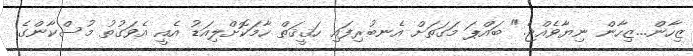
ޒިހާން...ޒިހާން ނިޔާވެއްޖެ." ބައްޕަ މަގަތަށް އެނބުރިފައި ހަޤީޤަތް ހާމަކޮށްލިއަޑު އެއީ އެވަގުތު މުސްކާންގެ